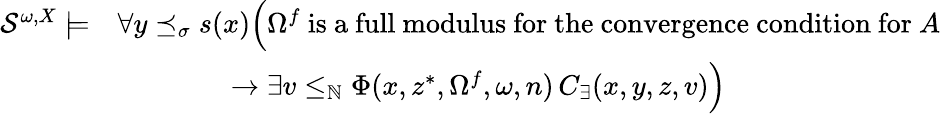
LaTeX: \begin{array}{rl}{\mathcal{S}^{\omega,X}\models}&{\forall y\preceq_{\sigma}s(x)\Big(\Omega^{f}\mathrm{~is~a~full~modulus~for~the~convergence~condition~for~}A}\\ &{\qquad\qquad\rightarrow\exists v\leq_{\mathbb{N}}\Phi(x,z^{*},\Omega^{f},\omega,n)\, C_{\exists}(x,y,z,v)\Big)}\end{array}